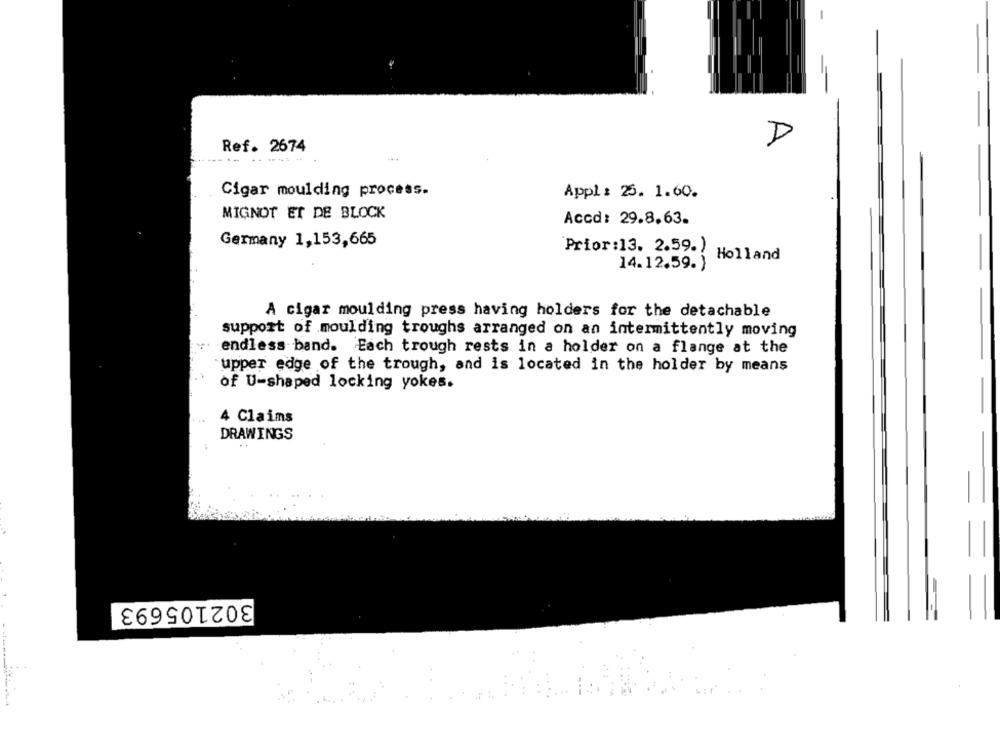
D
Ref. 2674
Cigar moulding process.
Appl : 25. 1.60.
MIGNOT ET DE BLOCK
Accd: 29.8.63.
Germany 1,153,665
Prior :13. 2.59.)
Holland
14.12.59. )
A cigar moulding press having holders for the detachable
support of moulding troughs arranged on an intermittently moving
endless band. Each trough rests in a holder on a flange at the
upper edge of the trough, and is located in the holder by means
of U-shaped locking yokes.
4 Claims
DRAWINGS
302105693